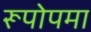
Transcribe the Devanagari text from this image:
रूपोपमा